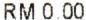
RM 0.00